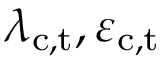
\lambda _ { \mathrm { c , t } } , \varepsilon _ { \mathrm { c , t } }